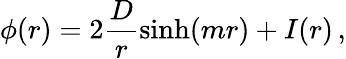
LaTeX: \phi(r)=2\frac Dr\sinh(mr)+I(r)\, ,